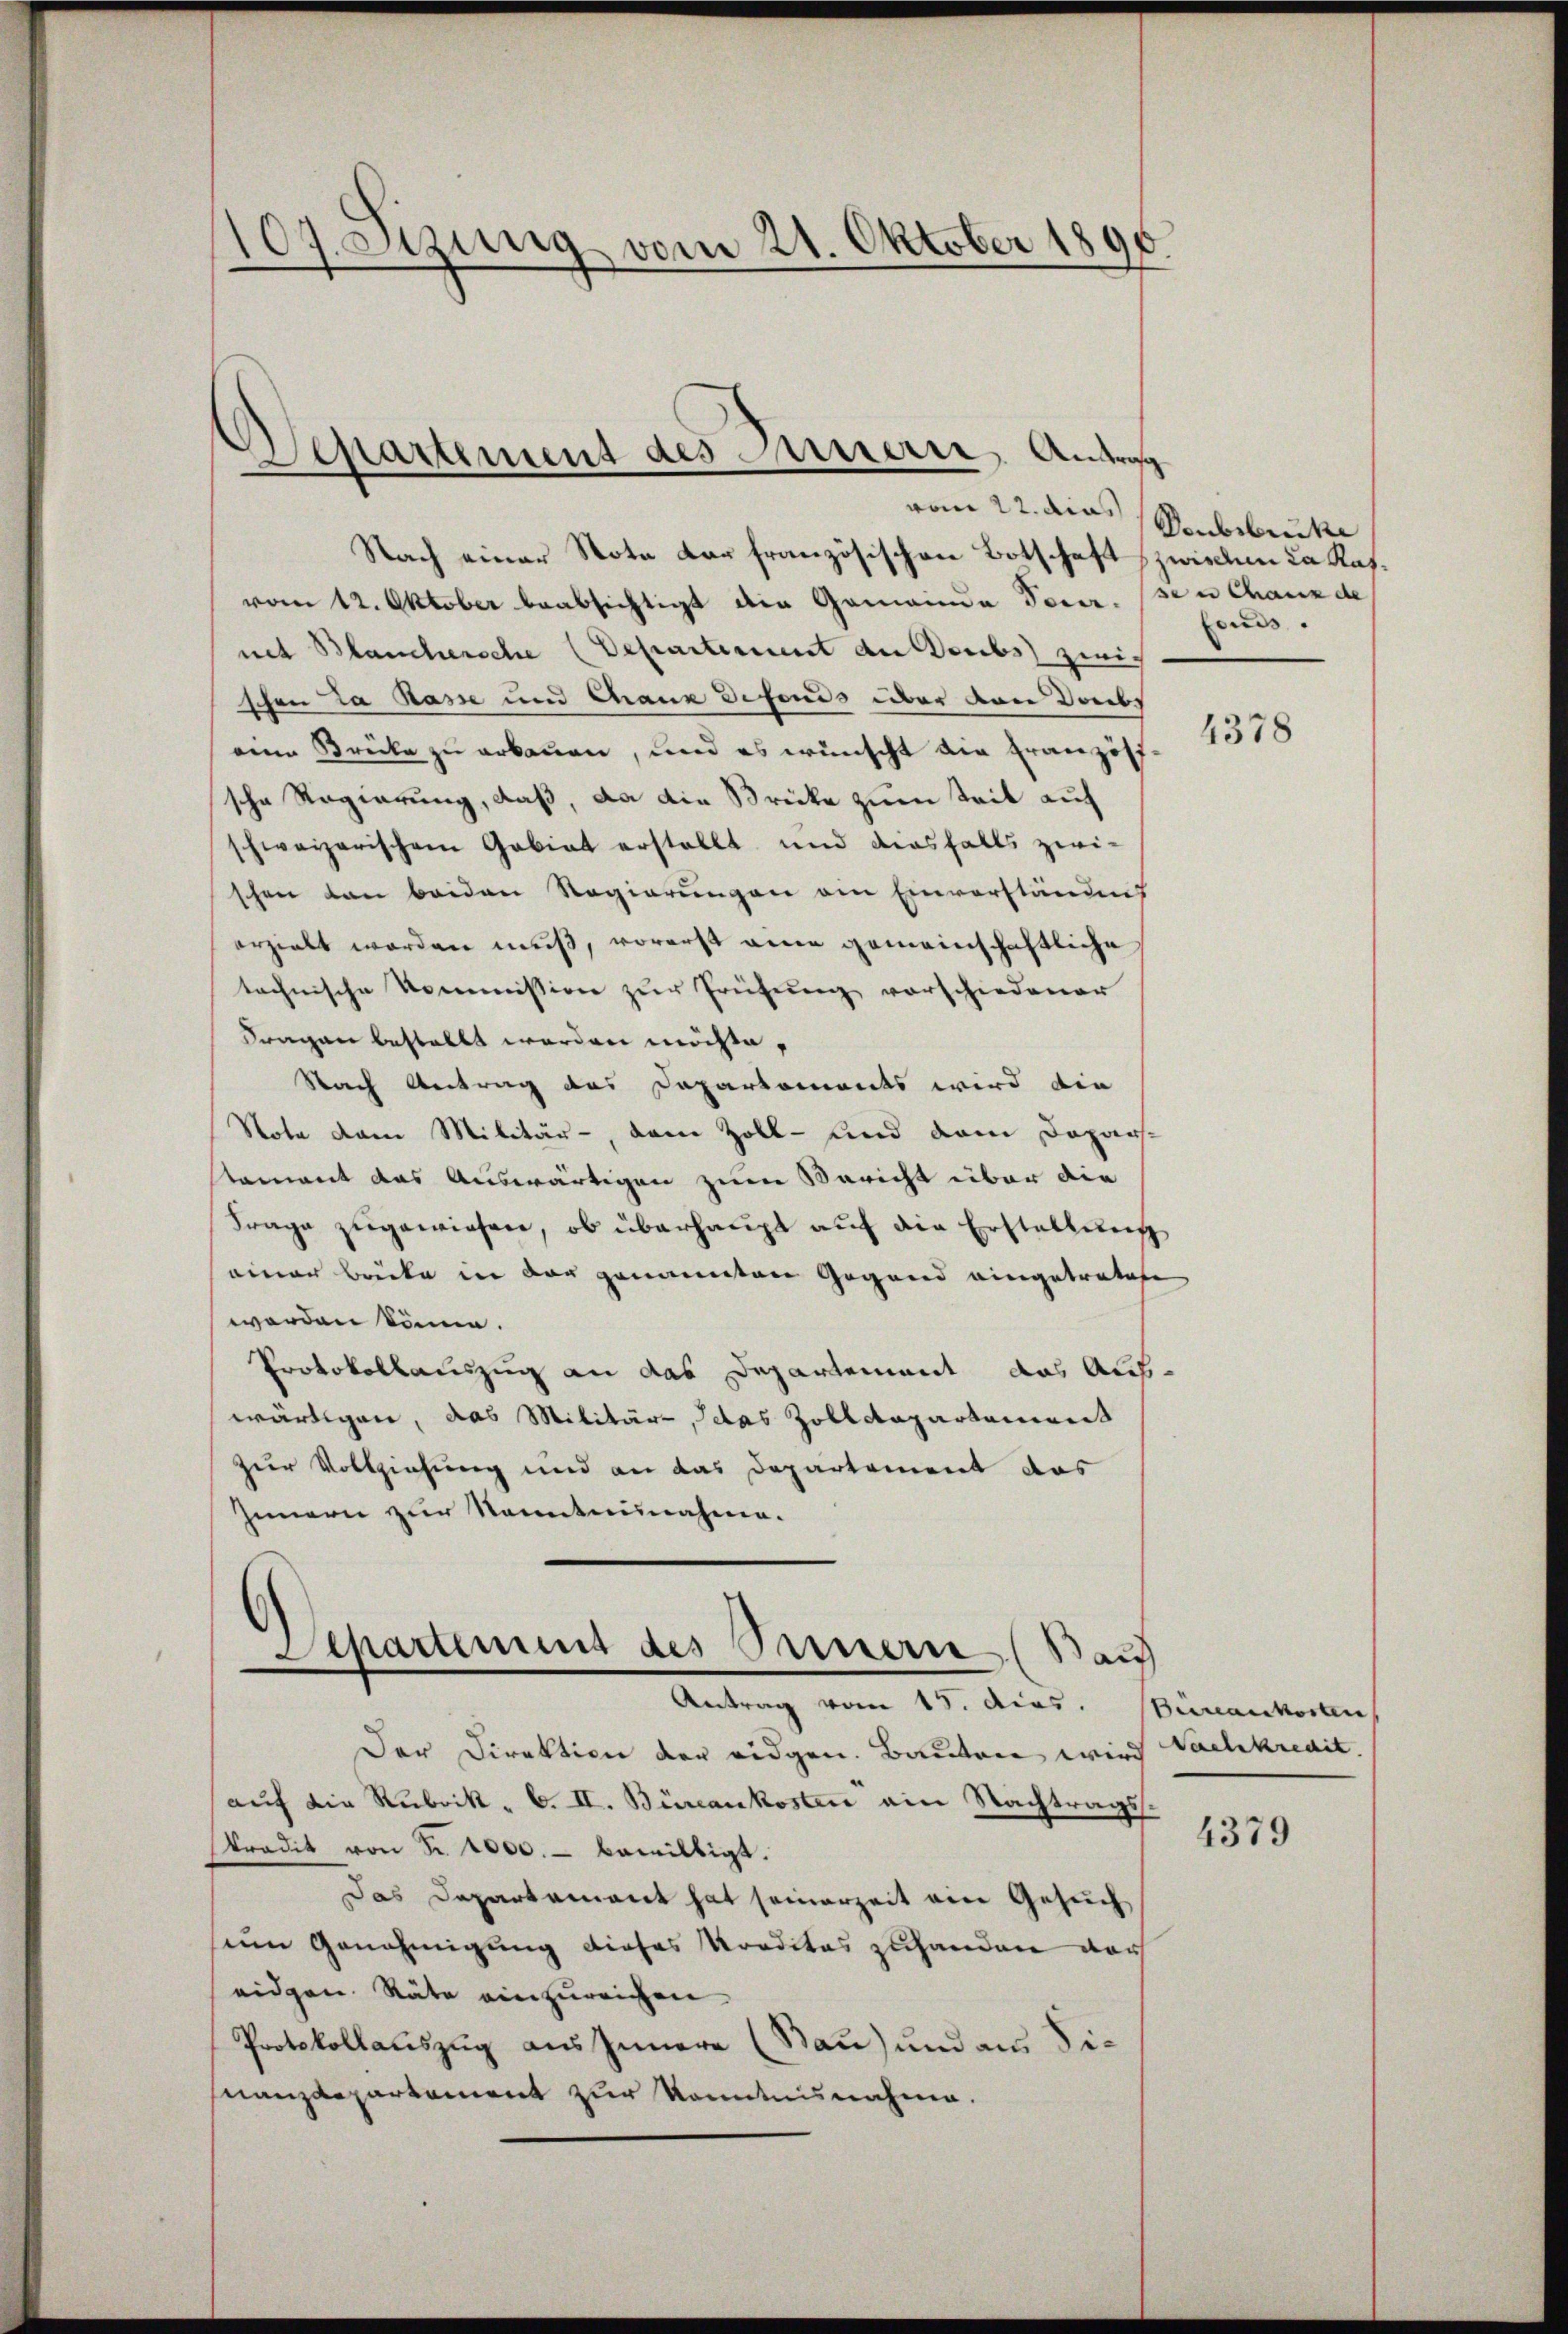
107. Szung vom 21. Oktober 1896.

Departement des Fernern, Antrag
vom 22. dies Neubruck

Nach einer Nota der französischen Botschaft zwischen da Kasvom 12. Oktober beabsichtigt die Gemeinde Tocer. den Chanz de
net Blanchersche (Departement der Doubs zweich
schon da Rasse und Chaux defonds über von dabs
eine Brücke zu erbauen, und es wünscht die Französische Regierung, daß, da die Brücke zum Zeit auf
schweizerischen Gabiat erstellt und diesfalls zwischen dan beiden Regierungen ein Einverständnis
erzielt worden muß, vorerst eine gemeinschaftliche
technische Kommission zŭr Prüfŭng vorschiedener
Fragen bestellt werden möchte,
Nach Antrag des Daparkoments wird die
Note dem Militär-, dem Zoll- und dem Departament das Auswärtigen zum Bericht über die
Frage zugewiesen, ob überhaupt auf die Erstellung
einer Brücke in der genannten Gegend eingetratete
worden könne.
Protokollauszug an das Departement das Auswärtigen, das Militär, das Zolldepartement
zur Vollziehung und an das Departement das
Innern zur Kenntnunahmen.
Separtement des Sauern (Bauf
Antrag vom 15. dies. Bureaukosten
Der Direktion der eidgen. Bauten wird Nachkredit.
auf die Rubrik - 6. II. Büreaukosten ain Nachtrags.
Ptradit von Fr. 1000.- bewilligt.
Das Departement hat seinerzeit ein Gesuch
um Genehmigung dieses Kreditas zuhanden noch
eidgen. Räte einzureichen.
Protokollauszug aus Innern (Bau) und aus Sinanzdepartement zur Kenntnisnahme.

fonds.

4378

4379